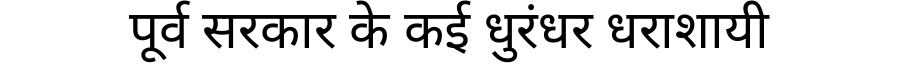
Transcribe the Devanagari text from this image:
पूर्व सरकार के कई धुरंधर धराशायी